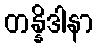
တန္နိဒါနာ